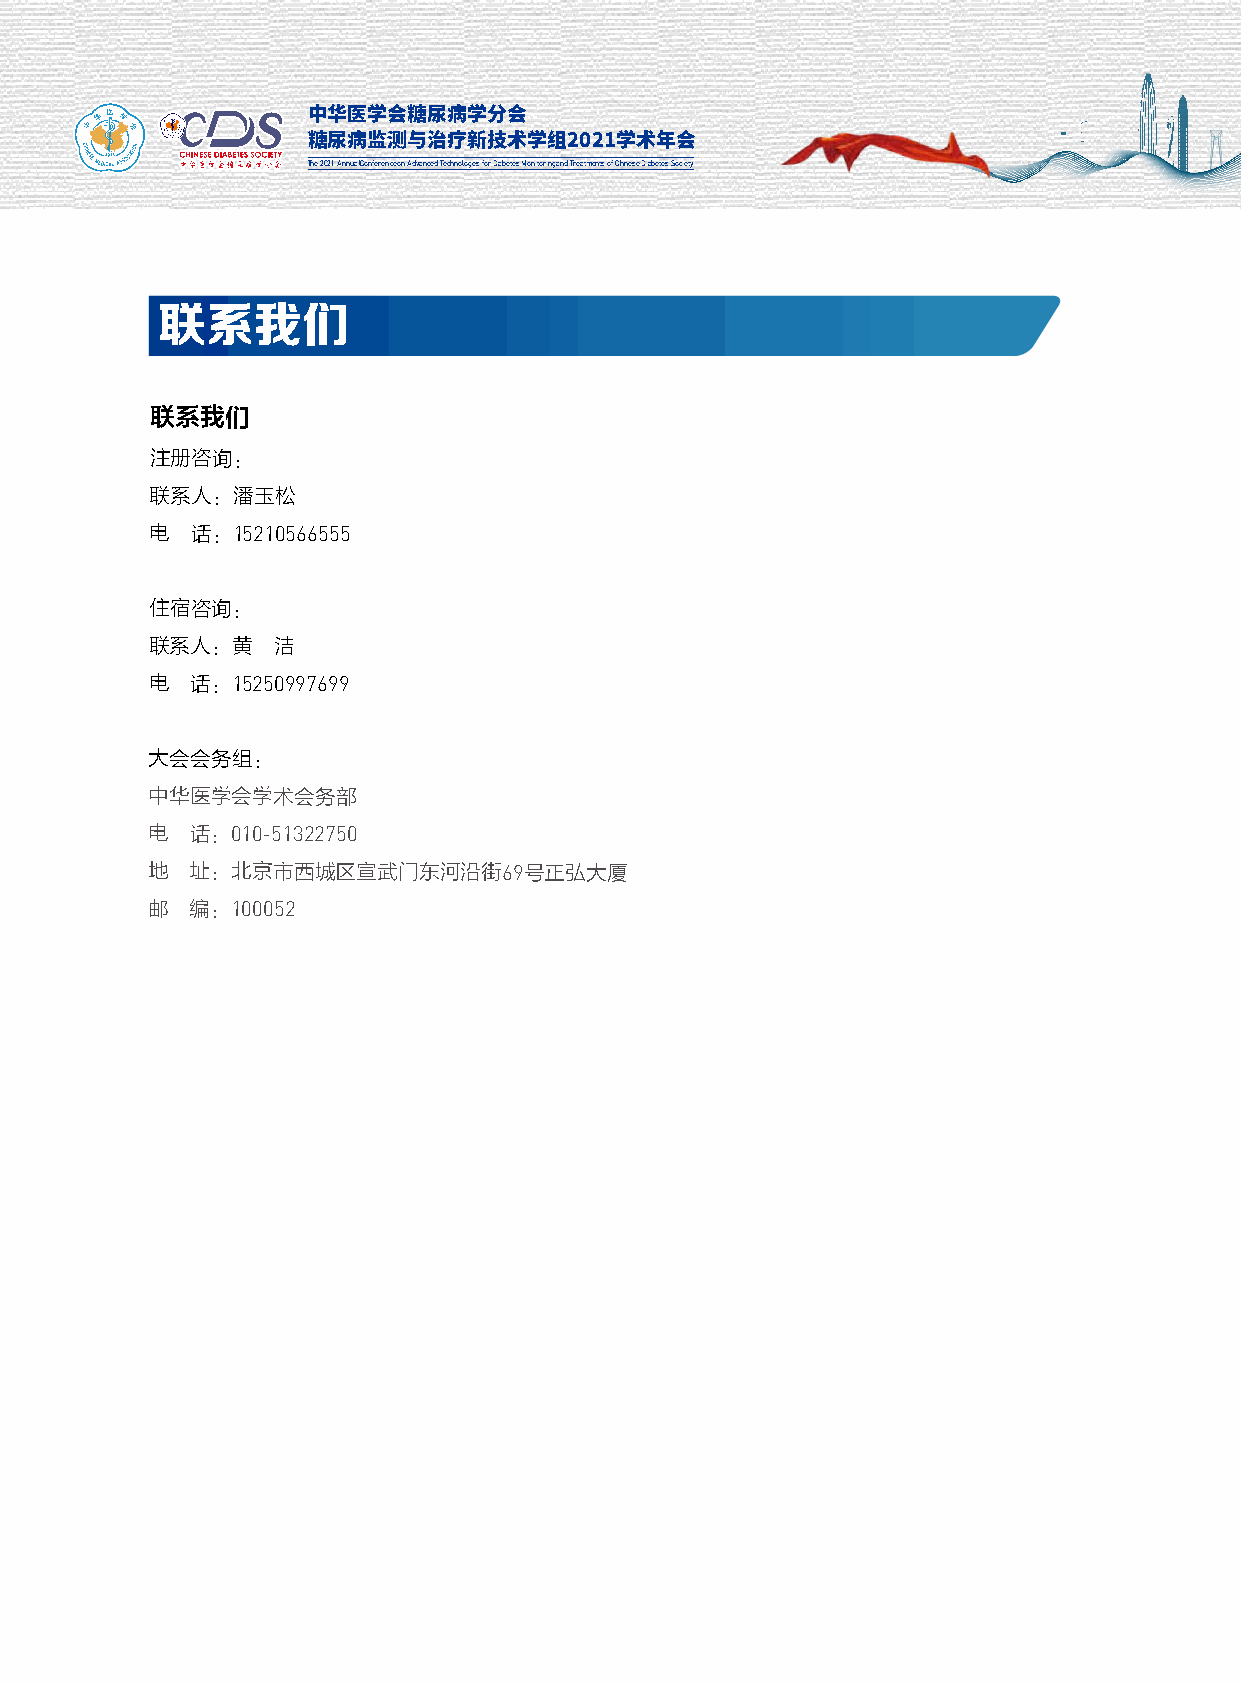
中华医学会糖尿病学分会
 糖尿病监测与治疗新技术学组2021学术年会
 The 2021 Annual Conference on Advanced Technologies for Diabetes Monitoring and Treatments of Chinese Diabetes Society
 联系我们
 联系我们
 注册咨询：
 联系人：潘玉松
 电  话：15210566555
 住宿咨询：
 联系人：黄   洁
 电  话：15250997699
 大会会务组：
 中华医学会学术会务部
 电  话：010-51322750
 地  址：北京市西城区宣武门东河沿街69号正弘大厦
 邮  编：100052